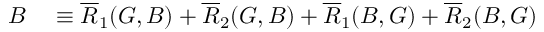
\begin{array} { r l } { B } & { { } \equiv \overline { { R } } _ { 1 } ( G , B ) + \overline { { R } } _ { 2 } ( G , B ) + \overline { { R } } _ { 1 } ( B , G ) + \overline { { R } } _ { 2 } ( B , G ) } \end{array}